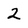
Character: 2